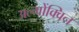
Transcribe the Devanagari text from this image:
अल्गोंक्विन